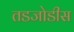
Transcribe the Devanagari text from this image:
तडजोडीस